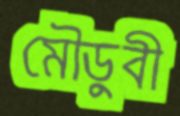
মৌডুবী